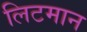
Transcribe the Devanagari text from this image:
लिटमान